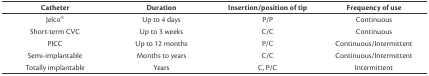
<table><thead><tr><td><b>Catheter</b></td><td><b>Duration</b></td><td><b>Insertion/position of tip</b></td><td><b>Frequency of use</b></td></tr></thead><tbody><tr><td>Jelco®</td><td>Up to 4 days</td><td>P/P</td><td>Continuous</td></tr><tr><td>Short-term CVC</td><td>Up to 3 weeks</td><td>C/C</td><td>Continuous</td></tr><tr><td>PICC</td><td>Up to 12 months</td><td>P/C</td><td>Continuous/Intermittent</td></tr><tr><td>Semi-implantable</td><td>Months to years</td><td>C/C</td><td>Continuous/Intermittent</td></tr><tr><td>Totally implantable</td><td>Years</td><td>C, P/C</td><td>Intermittent</td></tr></tbody></table>